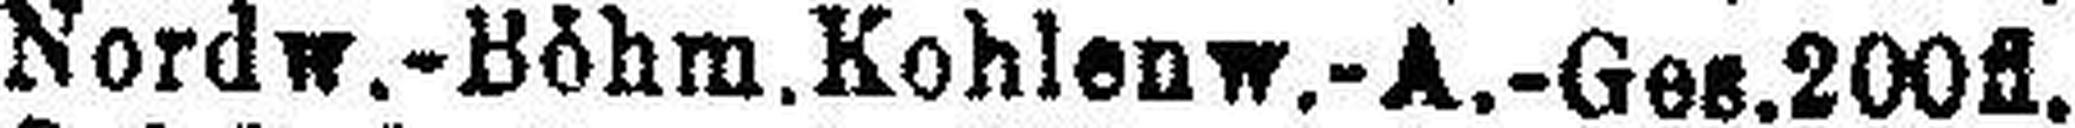
Nordw.-Böhm. Kohlenw.-A.-Ges.200fl.